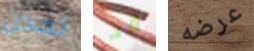
لمحل قد عرضه